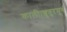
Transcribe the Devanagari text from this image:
काली।शुतुरमुर्ग